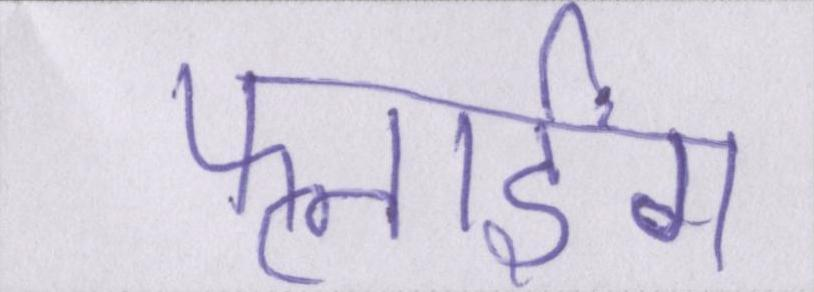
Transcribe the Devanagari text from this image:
फ्लाईंग